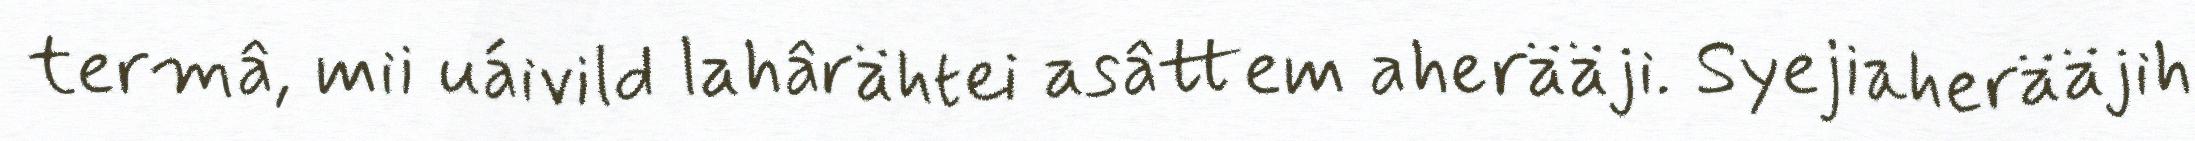
termâ, mii uáivild lahârähtei asâttem aherääji. Syejiaherääjih